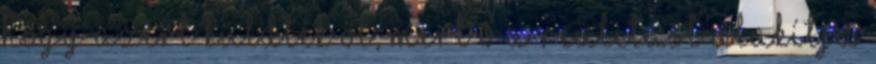
hogy azért küldték őt, mert ő a realitást alakítja